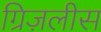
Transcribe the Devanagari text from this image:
ग्रिज़लीस